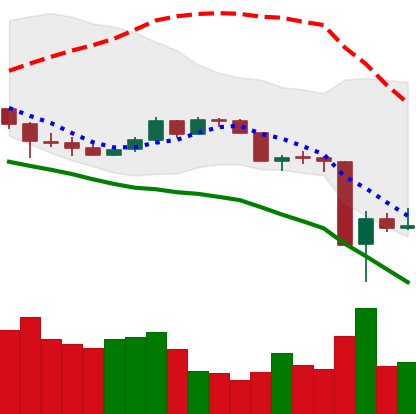
Ticker: DOGE-USD
Chart end date: 2020-03-15
Forward return: 5.223%
Label: up_5_7